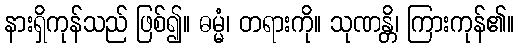
နားရှိကုန်သည် ဖြစ်၍။ ဓမ္မံ၊ တရားကို။ သုဏန္တိ၊ ကြားကုန်၏။